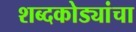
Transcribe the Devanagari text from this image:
शब्दकोड्यांचा